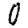
Digit: 0